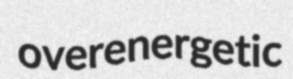
overenergetic